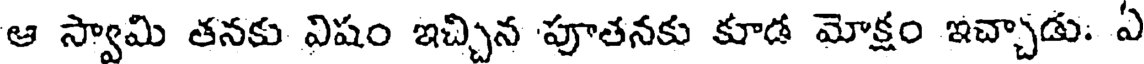
ఆ స్వామి తనకు విషం ఇచ్చిన పూతనకు కూడ మోక్షం ఇచ్చాడు: ఏ